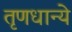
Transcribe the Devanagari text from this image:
तृणधान्ये